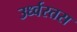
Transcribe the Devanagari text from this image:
उर्ध्वरतस